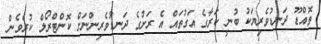
ތޮއްޑޫ ދަނޑުވެރިޔަކު ބުނީ ކަރާގެ އަގުތައް އެ ރަށުގެ ދަނޑުވެރިންނަށް ކޮންޓްރޯލް ކުރެވެން